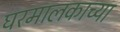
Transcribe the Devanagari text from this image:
घरमालकाच्या